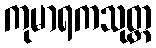
ကုမာရကသုတ္တ